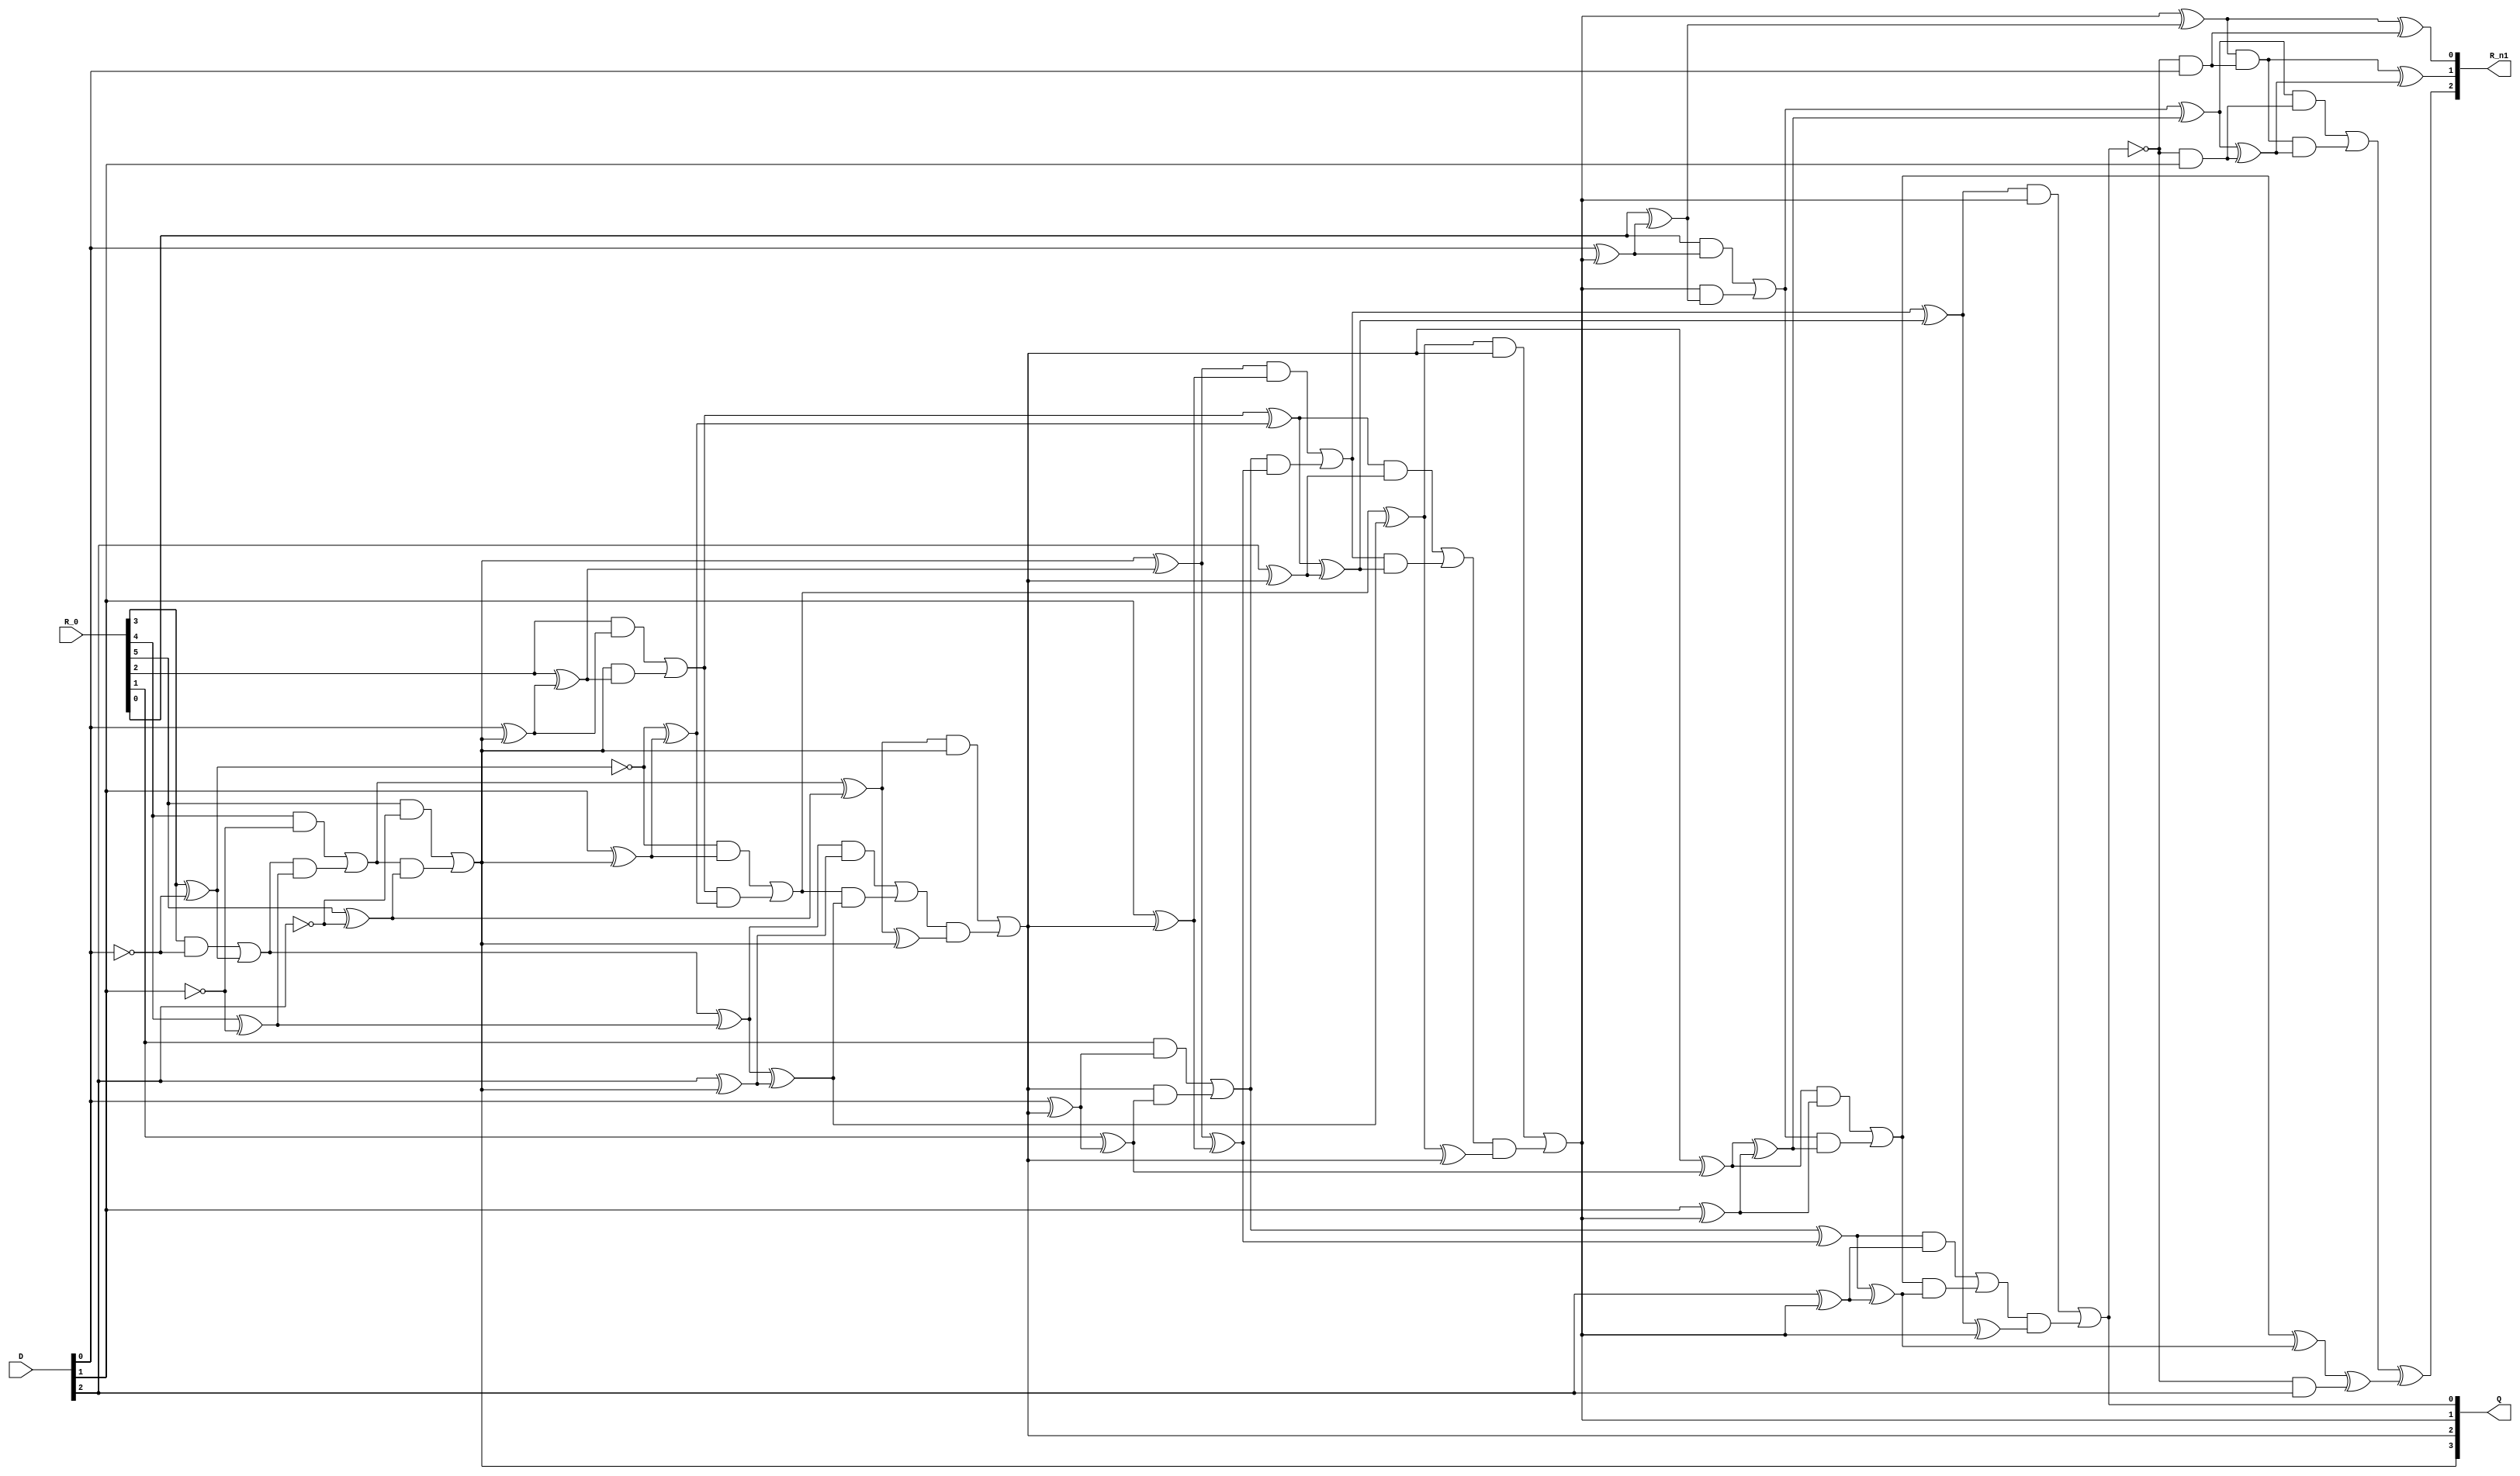
module nonresdivReduced(R_0, D, Q, R_n1);
input [5:0] R_0;
input [2:0] D;
output [3:0] Q;
output [2:0] R_n1;
wire _0_;
wire _1_;
wire _2_;
wire _3_;
wire _4_;
wire _5_;
wire _6_;
wire _7_;
wire _8_;
wire _9_;
wire _10_;
wire _11_;
wire _12_;
wire _13_;
wire _14_;
wire _15_;
wire _16_;
wire _17_;
wire _18_;
wire _19_;
wire _20_;
wire _21_;
wire _22_;
wire _23_;
wire _24_;
wire _25_;
wire _26_;
wire _27_;
wire _28_;
wire _29_;
wire _30_;
wire _31_;
wire _32_;
wire _33_;
wire _34_;
wire _35_;
wire _36_;
wire _37_;
wire _38_;
wire _39_;
wire _40_;
wire _41_;
wire _42_;
wire _43_;
wire _44_;
wire _45_;
wire _46_;
wire _47_;
wire _48_;
wire _49_;
wire _50_;
wire _51_;
wire _52_;
wire _53_;
wire _54_;
wire _55_;
wire _56_;
wire _57_;
wire _58_;
wire _59_;
wire _60_;
wire _61_;
wire _62_;
wire _63_;
wire _64_;
wire _65_;
wire _66_;
wire _67_;
wire _68_;
wire _69_;
wire _70_;
wire _71_;
wire _72_;
wire _73_;
wire _74_;
wire _75_;
wire _76_;
wire _77_;
wire _78_;
wire _79_;
wire _80_;
wire _81_;
wire _82_;
wire _83_;
wire _84_;
wire _85_;
wire _86_;
wire _87_;
wire _88_;
wire _89_;
wire _90_;
wire _91_;
wire _92_;
wire _93_;
wire _94_;
wire _95_;
wire _96_;
wire _97_;
wire _98_;
wire _99_;
wire _100_;
wire _101_;
wire _102_;
wire _103_;
wire _104_;
wire _105_;
wire _106_;
wire _107_;
wire _108_;
wire _109_;
wire _110_;
wire _111_;
wire _112_;
wire _113_;
wire _114_;
wire _115_;
wire _116_;
wire _117_;
wire _118_;
wire _119_;
wire _120_;
wire _121_;
wire _122_;
wire _123_;
wire _124_;
wire _125_;
wire _126_;
wire _127_;
wire _128_;
wire _129_;
wire _130_;
wire zeroWire;
wire oneWire;
assign zeroWire = 1'b0 /*255*/;
assign oneWire = 1'b1 /*255*/;
assign _9_ = ~D[0] /*229*/;
assign _6_ = R_0[3] & _9_ /*225*/;
assign _7_ = R_0[3] ^ _9_ /*228*/;
assign _8_ = oneWire & _7_ /*226*/;
assign _0_ = oneWire ^ _7_ /*227*/;
assign _5_ = _6_ | _8_ /*224*/;
assign _14_ = ~D[1] /*223*/;
assign _11_ = R_0[4] & _14_ /*219*/;
assign _12_ = R_0[4] ^ _14_ /*222*/;
assign _13_ = _5_ & _12_ /*220*/;
assign _1_ = _5_ ^ _12_ /*221*/;
assign _10_ = _11_ | _13_ /*218*/;
assign _19_ = ~D[2] /*217*/;
assign _16_ = R_0[5] & _19_ /*213*/;
assign _17_ = R_0[5] ^ _19_ /*216*/;
assign _18_ = _10_ & _17_ /*214*/;
assign _2_ = _10_ ^ _17_ /*215*/;
assign _15_ = _16_ | _18_ /*212*/;
assign _20_ = zeroWire & oneWire /*207*/;
assign _21_ = zeroWire ^ oneWire /*210*/;
assign _22_ = _15_ & _21_ /*208*/;
assign _3_ = _15_ ^ _21_ /*209*/;
assign Q[3] = _20_ | _22_ /*206*/;
assign _34_ = D[0] ^ Q[3] /*182*/;
assign _31_ = R_0[2] & _34_ /*178*/;
assign _32_ = R_0[2] ^ _34_ /*181*/;
assign _33_ = Q[3] & _32_ /*179*/;
assign _25_ = Q[3] ^ _32_ /*180*/;
assign _30_ = _31_ | _33_ /*177*/;
assign _39_ = D[1] ^ Q[3] /*176*/;
assign _36_ = _0_ & _39_ /*172*/;
assign _37_ = _0_ ^ _39_ /*175*/;
assign _38_ = _30_ & _37_ /*173*/;
assign _26_ = _30_ ^ _37_ /*174*/;
assign _35_ = _36_ | _38_ /*171*/;
assign _44_ = D[2] ^ Q[3] /*170*/;
assign _41_ = _1_ & _44_ /*166*/;
assign _42_ = _1_ ^ _44_ /*169*/;
assign _43_ = _35_ & _42_ /*167*/;
assign _27_ = _35_ ^ _42_ /*168*/;
assign _40_ = _41_ | _43_ /*165*/;
assign _48_ = zeroWire ^ Q[3] /*164*/;
assign _45_ = _2_ & _48_ /*160*/;
assign _46_ = _2_ ^ _48_ /*163*/;
assign _47_ = _40_ & _46_ /*161*/;
assign _28_ = _40_ ^ _46_ /*162*/;
assign Q[2] = _45_ | _47_ /*159*/;
assign _59_ = D[0] ^ Q[2] /*133*/;
assign _56_ = R_0[1] & _59_ /*129*/;
assign _57_ = R_0[1] ^ _59_ /*132*/;
assign _58_ = Q[2] & _57_ /*130*/;
assign _50_ = Q[2] ^ _57_ /*131*/;
assign _55_ = _56_ | _58_ /*128*/;
assign _64_ = D[1] ^ Q[2] /*127*/;
assign _61_ = _25_ & _64_ /*123*/;
assign _62_ = _25_ ^ _64_ /*126*/;
assign _63_ = _55_ & _62_ /*124*/;
assign _51_ = _55_ ^ _62_ /*125*/;
assign _60_ = _61_ | _63_ /*122*/;
assign _69_ = D[2] ^ Q[2] /*121*/;
assign _66_ = _26_ & _69_ /*117*/;
assign _67_ = _26_ ^ _69_ /*120*/;
assign _68_ = _60_ & _67_ /*118*/;
assign _52_ = _60_ ^ _67_ /*119*/;
assign _65_ = _66_ | _68_ /*116*/;
assign _73_ = zeroWire ^ Q[2] /*115*/;
assign _70_ = _27_ & _73_ /*111*/;
assign _71_ = _27_ ^ _73_ /*114*/;
assign _72_ = _65_ & _71_ /*112*/;
assign _53_ = _65_ ^ _71_ /*113*/;
assign Q[1] = _70_ | _72_ /*110*/;
assign _84_ = D[0] ^ Q[1] /*84*/;
assign _81_ = R_0[0] & _84_ /*80*/;
assign _82_ = R_0[0] ^ _84_ /*83*/;
assign _83_ = Q[1] & _82_ /*81*/;
assign _75_ = Q[1] ^ _82_ /*82*/;
assign _80_ = _81_ | _83_ /*79*/;
assign _89_ = D[1] ^ Q[1] /*78*/;
assign _86_ = _50_ & _89_ /*74*/;
assign _87_ = _50_ ^ _89_ /*77*/;
assign _88_ = _80_ & _87_ /*75*/;
assign _76_ = _80_ ^ _87_ /*76*/;
assign _85_ = _86_ | _88_ /*73*/;
assign _94_ = D[2] ^ Q[1] /*72*/;
assign _91_ = _51_ & _94_ /*68*/;
assign _92_ = _51_ ^ _94_ /*71*/;
assign _93_ = _85_ & _92_ /*69*/;
assign _77_ = _85_ ^ _92_ /*70*/;
assign _90_ = _91_ | _93_ /*67*/;
assign _98_ = zeroWire ^ Q[1] /*66*/;
assign _95_ = _52_ & _98_ /*62*/;
assign _96_ = _52_ ^ _98_ /*65*/;
assign _97_ = _90_ & _96_ /*63*/;
assign _78_ = _90_ ^ _96_ /*64*/;
assign Q[0] = _95_ | _97_ /*61*/;
assign _102_ = ~Q[0] /*34*/;
assign _101_ = _102_ & D[0] /*33*/;
assign _104_ = _75_ & _101_ /*28*/;
assign _105_ = _75_ ^ _101_ /*31*/;
assign _106_ = zeroWire & _105_ /*29*/;
assign R_n1[0] = zeroWire ^ _105_ /*30*/;
assign _103_ = _104_ | _106_ /*27*/;
assign _108_ = ~Q[0] /*26*/;
assign _107_ = _108_ & D[1] /*25*/;
assign _110_ = _76_ & _107_ /*20*/;
assign _111_ = _76_ ^ _107_ /*23*/;
assign _112_ = _103_ & _111_ /*21*/;
assign R_n1[1] = _103_ ^ _111_ /*22*/;
assign _109_ = _110_ | _112_ /*19*/;
assign _114_ = ~Q[0] /*18*/;
assign _113_ = _114_ & D[2] /*17*/;
assign _116_ = _77_ & _113_ /*12*/;
assign _117_ = _77_ ^ _113_ /*15*/;
assign _118_ = _109_ & _117_ /*13*/;
assign R_n1[2] = _109_ ^ _117_ /*14*/;
assign _115_ = _116_ | _118_ /*11*/;
endmodule